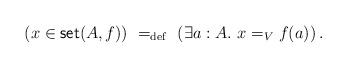
LaTeX: \begin{align*} (x \in \mathsf{set}(A,f))\ =_\mathrm{def}\ (\exists{a : A}.\ x =_V f(a))\,.\end{align*}